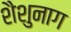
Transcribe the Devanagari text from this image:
शैशुनाग